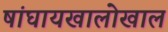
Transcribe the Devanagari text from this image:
षांघायखालोखाल